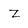
Character: Z